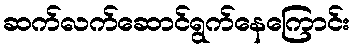
ဆက်လက်ဆောင်ရွက်နေကြောင်း